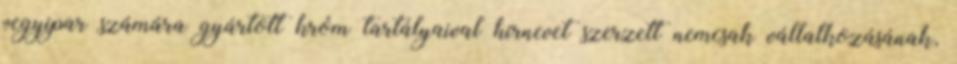
vegyipar számára gyártott króm tartályaival hírnevet szerzett nemcsak vállalkozásának,